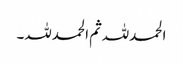
الحمدللہ ثم الحمدللہ۔